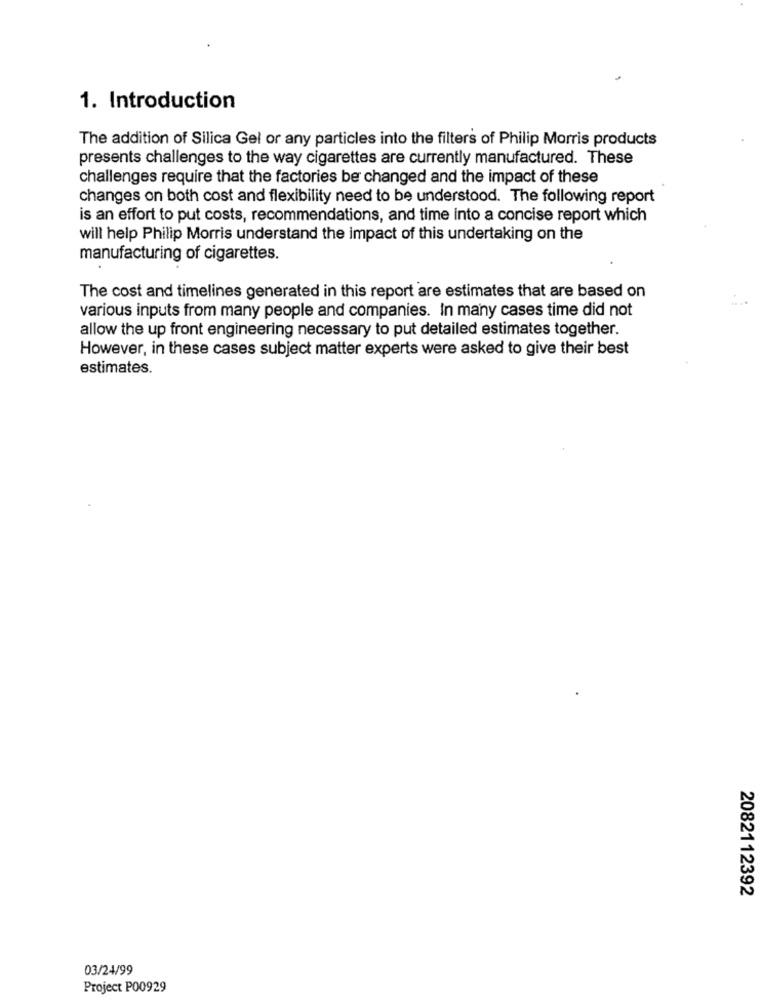
1. Introduction
The addition of Silica Gel or any particles into the filters of Philip Morris products
presents challenges to the way cigarettes are currently manufactured. These
challenges require that the factories be changed and the impact of these
changes on both cost and flexibility need to be understood. The following report
is an effort to put costs, recommendations, and time into a concise report which
will help Philip Morris understand the impact of this undertaking on the
manufacturing of cigarettes.
The cost and timelines generated in this report are estimates that are based on
various inputs from many people and companies. In many cases time did not
allow the up front engineering necessary to put detailed estimates together.
However, in these cases subject matter experts were asked to give their best
estimates.
2082112392
03/24/99
Project P00929